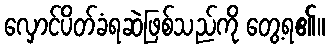
လှောင်ပိတ်ခံရဆဲဖြစ်သည်ကို တွေ့ရ၏။